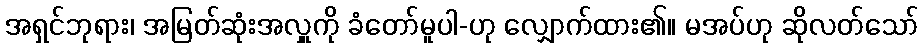
အရှင်ဘုရား၊ အမြတ်ဆုံးအလှူကို ခံတော်မူပါ-ဟု လျှောက်ထား၏။ မအပ်ဟု ဆိုလတ်သော်